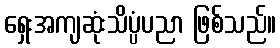
ရှေးအကျဆုံးသိပ္ပံပညာ ဖြစ်သည်။